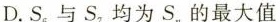
D.S_{6}与S，均为S_{n}的最大值